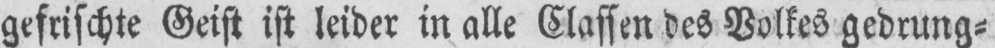
gefrischte Geist ist leider in alle Classen des Volkes gedrung⸗